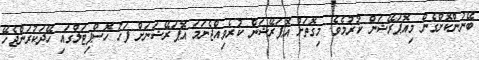
ބޭނުންކޮށްގެން މިއޮޕަރޭޝަން ކުރުމެވެ. މިގޮތަށް އޮޕަރޭޝަން ކުރެވިއްޖެނަމަ އޮޕަރޭޝަނަށް ފަހު ހޮސްޕިޓަލްގައި ހޭދަކުރަންޖެހޭ